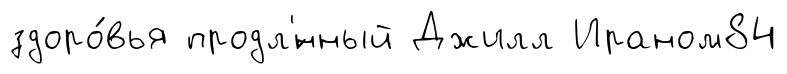
здоро́вья продл'́нный Джилл Ираном84